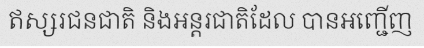
ឥស្សរជនជាតិ និងអន្តរជាតិដែល បានអញ្ជើញ